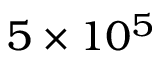
5 \times 1 0 ^ { 5 }